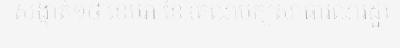
សង្កាត់១៨ ខេមរា ខៃ (គណបក្សសាធារណរដ្ឋ)